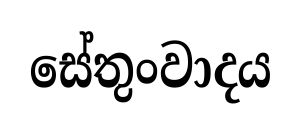
සේතුංවාදය